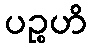
ပဉ္စဟိ